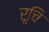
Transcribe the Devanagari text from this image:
रूचि